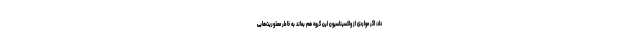
داد: اگر مواردی از واکسیناسیون این گروه هم بماند به خاطر معذوریت‌هایی